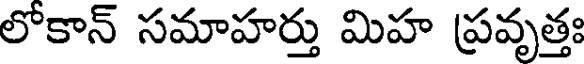
లోకాన్ సమాహర్తు మిహ ప్రవృత్తః